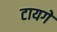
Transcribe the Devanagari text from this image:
टायगे